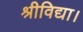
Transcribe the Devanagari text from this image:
श्रीविद्या।